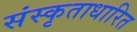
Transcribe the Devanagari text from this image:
संस्कृताधारित